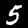
Digit: 5